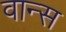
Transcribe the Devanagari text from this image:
वान्स